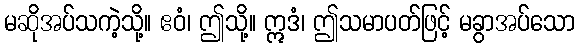
မဆိုအပ်သကဲ့သို့။ ဧဝံ၊ ဤသို့။ ဣဒံ၊ ဤသမာပတ်ဖြင့် မခွာအပ်သော